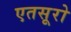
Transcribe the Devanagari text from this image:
एतसूरो